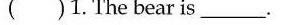
( )1.The bear is___.